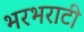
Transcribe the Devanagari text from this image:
भरभराटी